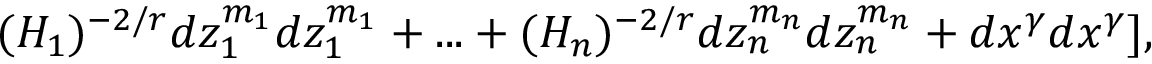
( H _ { 1 } ) ^ { - 2 / r } d z _ { 1 } ^ { m _ { 1 } } d z _ { 1 } ^ { m _ { 1 } } + . . . + ( H _ { n } ) ^ { - 2 / r } d z _ { n } ^ { m _ { n } } d z _ { n } ^ { m _ { n } } + d x ^ { \gamma } d x ^ { \gamma } ] ,